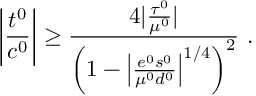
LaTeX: \left| { \frac { t ^ { 0 } } { c ^ { 0 } } } \right| \ge { \frac { 4 | { \frac { \tau ^ { 0 } } { \mu ^ { 0 } } } | } { \left( 1 - \left| { \frac { e ^ { 0 } s ^ { 0 } } { \mu ^ { 0 } d ^ { 0 } } } \right| ^ { 1 / 4 } \right) ^ { 2 } } } ~ .